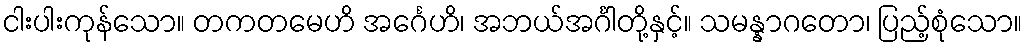
ငါးပါးကုန်သော။ တကတမေဟိ အင်္ဂေဟိ၊ အဘယ်အင်္ဂါတို့နှင့်။ သမန္နာဂတော၊ ပြည့်စုံသော။